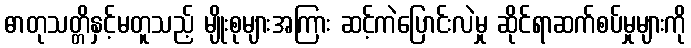
ဓာတုသတ္တိနှင့်မတူသည့် မျိုးစုများအကြား ဆင့်ကဲပြောင်းလဲမှု ဆိုင်ရာဆက်စပ်မှုများကို